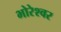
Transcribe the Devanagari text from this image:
भोरेश्वर